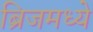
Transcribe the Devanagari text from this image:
ब्रिजमध्ये